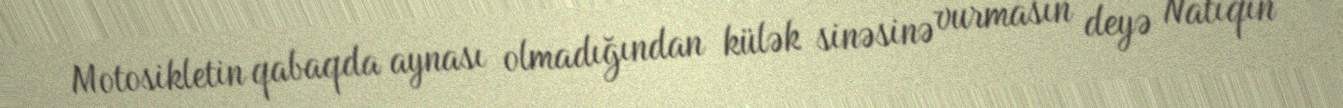
Motosikletin qabaqda aynası olmadığından külək sinəsinə vurmasın deyə Natiqin